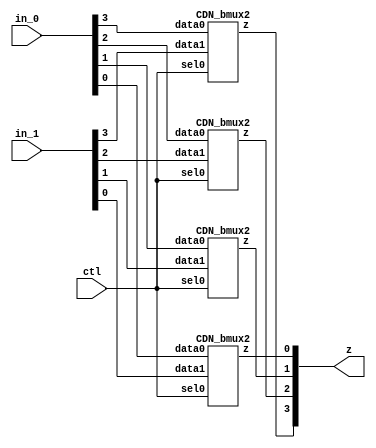

// Generated by Cadence Encounter(R) RTL Compiler RC14.27 - v14.20-s064_1

// Verification Directory fv/dom_and 

module bmux(ctl, in_0, in_1, z);
  input ctl;
  input [3:0] in_0, in_1;
  output [3:0] z;
  CDN_bmux2 g1(.sel0 (ctl), .data0 (in_0[3]), .data1 (in_1[3]), .z
       (z[3]));
  CDN_bmux2 g2(.sel0 (ctl), .data0 (in_0[2]), .data1 (in_1[2]), .z
       (z[2]));
  CDN_bmux2 g3(.sel0 (ctl), .data0 (in_0[1]), .data1 (in_1[1]), .z
       (z[1]));
  CDN_bmux2 g4(.sel0 (ctl), .data0 (in_0[0]), .data1 (in_1[0]), .z
       (z[0]));
endmodule

module dom_and(ClkxCI, RstxBI, XxDI, YxDI, ZxDI, QxDO);
  input ClkxCI, RstxBI;
  input [1:0] XxDI, YxDI;
  input [0:0] ZxDI;
  output [1:0] QxDO;
  wire [3:0] FFxDP;
  bmux mux_FFxDP_78_15(.ctl (n_8), .in_0 (4'b0000), .in_1 (4'b0000), .z
       ());
  and g1 (\Xi_mul_Yj[3] , XxDI[1], YxDI[1]);
  and g2 (Xi_mul_Yj_37, XxDI[1], YxDI[0]);
  and g3 (Xi_mul_Yj, XxDI[0], YxDI[1]);
  and g4 (\Xi_mul_Yj[0] , XxDI[0], YxDI[0]);
  xor g7 (n_11, Xi_mul_Yj, ZxDI);
  xor g8 (QxDO[0], \Xi_mul_Yj[0] , FFxDP[1]);
  xor g9 (n_13, Xi_mul_Yj_37, ZxDI);
  xor g11 (QxDO[1], FFxDP[2], \Xi_mul_Yj[3] );
  CDN_flop \FFxDP_reg[0] (.clk (ClkxCI), .d (\Xi_mul_Yj[0] ), .sena
       (1'b1), .aclr (n_8), .apre (1'b0), .srl (1'b0), .srd (1'b0), .q
       ());
  CDN_flop \FFxDP_reg[1] (.clk (ClkxCI), .d (n_11), .sena (1'b1), .aclr
       (n_8), .apre (1'b0), .srl (1'b0), .srd (1'b0), .q (FFxDP[1]));
  CDN_flop \FFxDP_reg[2] (.clk (ClkxCI), .d (n_13), .sena (1'b1), .aclr
       (n_8), .apre (1'b0), .srl (1'b0), .srd (1'b0), .q (FFxDP[2]));
  CDN_flop \FFxDP_reg[3] (.clk (ClkxCI), .d (\Xi_mul_Yj[3] ), .sena
       (1'b1), .aclr (n_8), .apre (1'b0), .srl (1'b0), .srd (1'b0), .q
       ());
  not g14 (n_8, RstxBI);
endmodule

`ifdef RC_CDN_GENERIC_GATE
`else
module CDN_flop(clk, d, sena, aclr, apre, srl, srd, q);
  input clk, d, sena, aclr, apre, srl, srd;
  output q;
  reg  qi;
  assign #1 q = qi;
  always 
    @(posedge clk or posedge apre or posedge aclr) 
      if (aclr) 
        qi <= 0;
      else if (apre) 
          qi <= 1;
        else if (srl) 
            qi <= srd;
          else begin
            if (sena) 
              qi <= d;
          end
  initial 
    qi <= 1'b0;
endmodule
`endif
`ifdef RC_CDN_GENERIC_GATE
`else
`ifdef ONE_HOT_MUX
module CDN_bmux2(sel0, data0, data1, z);
  input sel0, data0, data1;
  output z;
  reg  z;
  always 
    @(sel0 or data0 or data1) 
      case ({sel0})
       1'b0: z = data0;
       1'b1: z = data1;
      endcase
endmodule
`else
module CDN_bmux2(sel0, data0, data1, z);
  input sel0, data0, data1;
  output z;
  not i_0 (inv_sel0, sel0);
  and a_0 (w_0, inv_sel0, data0);
  and a_1 (w_1, sel0, data1);
  or org (z, w_0, w_1);
endmodule
`endif // ONE_HOT_MUX
`endif